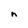
Character: n